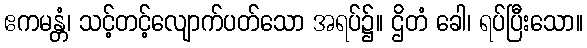
ဧကမန္တံ၊ သင့်တင့်လျောက်ပတ်သော အရပ်၌။ ဌိတံ ခေါ၊ ရပ်ပြီးသော။